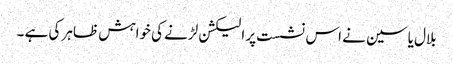
بلال یاسین نے اس نشست پر الیکشن لڑنے کی خواہش ظاہر کی ہے ۔